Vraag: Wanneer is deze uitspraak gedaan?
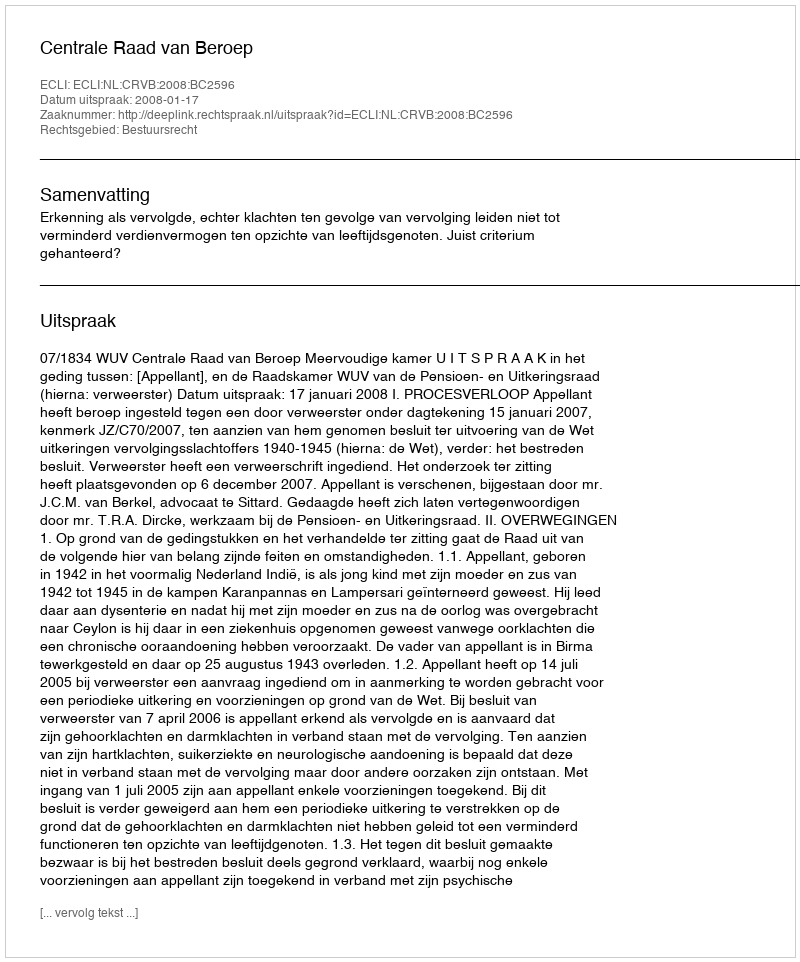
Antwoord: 2008-01-17